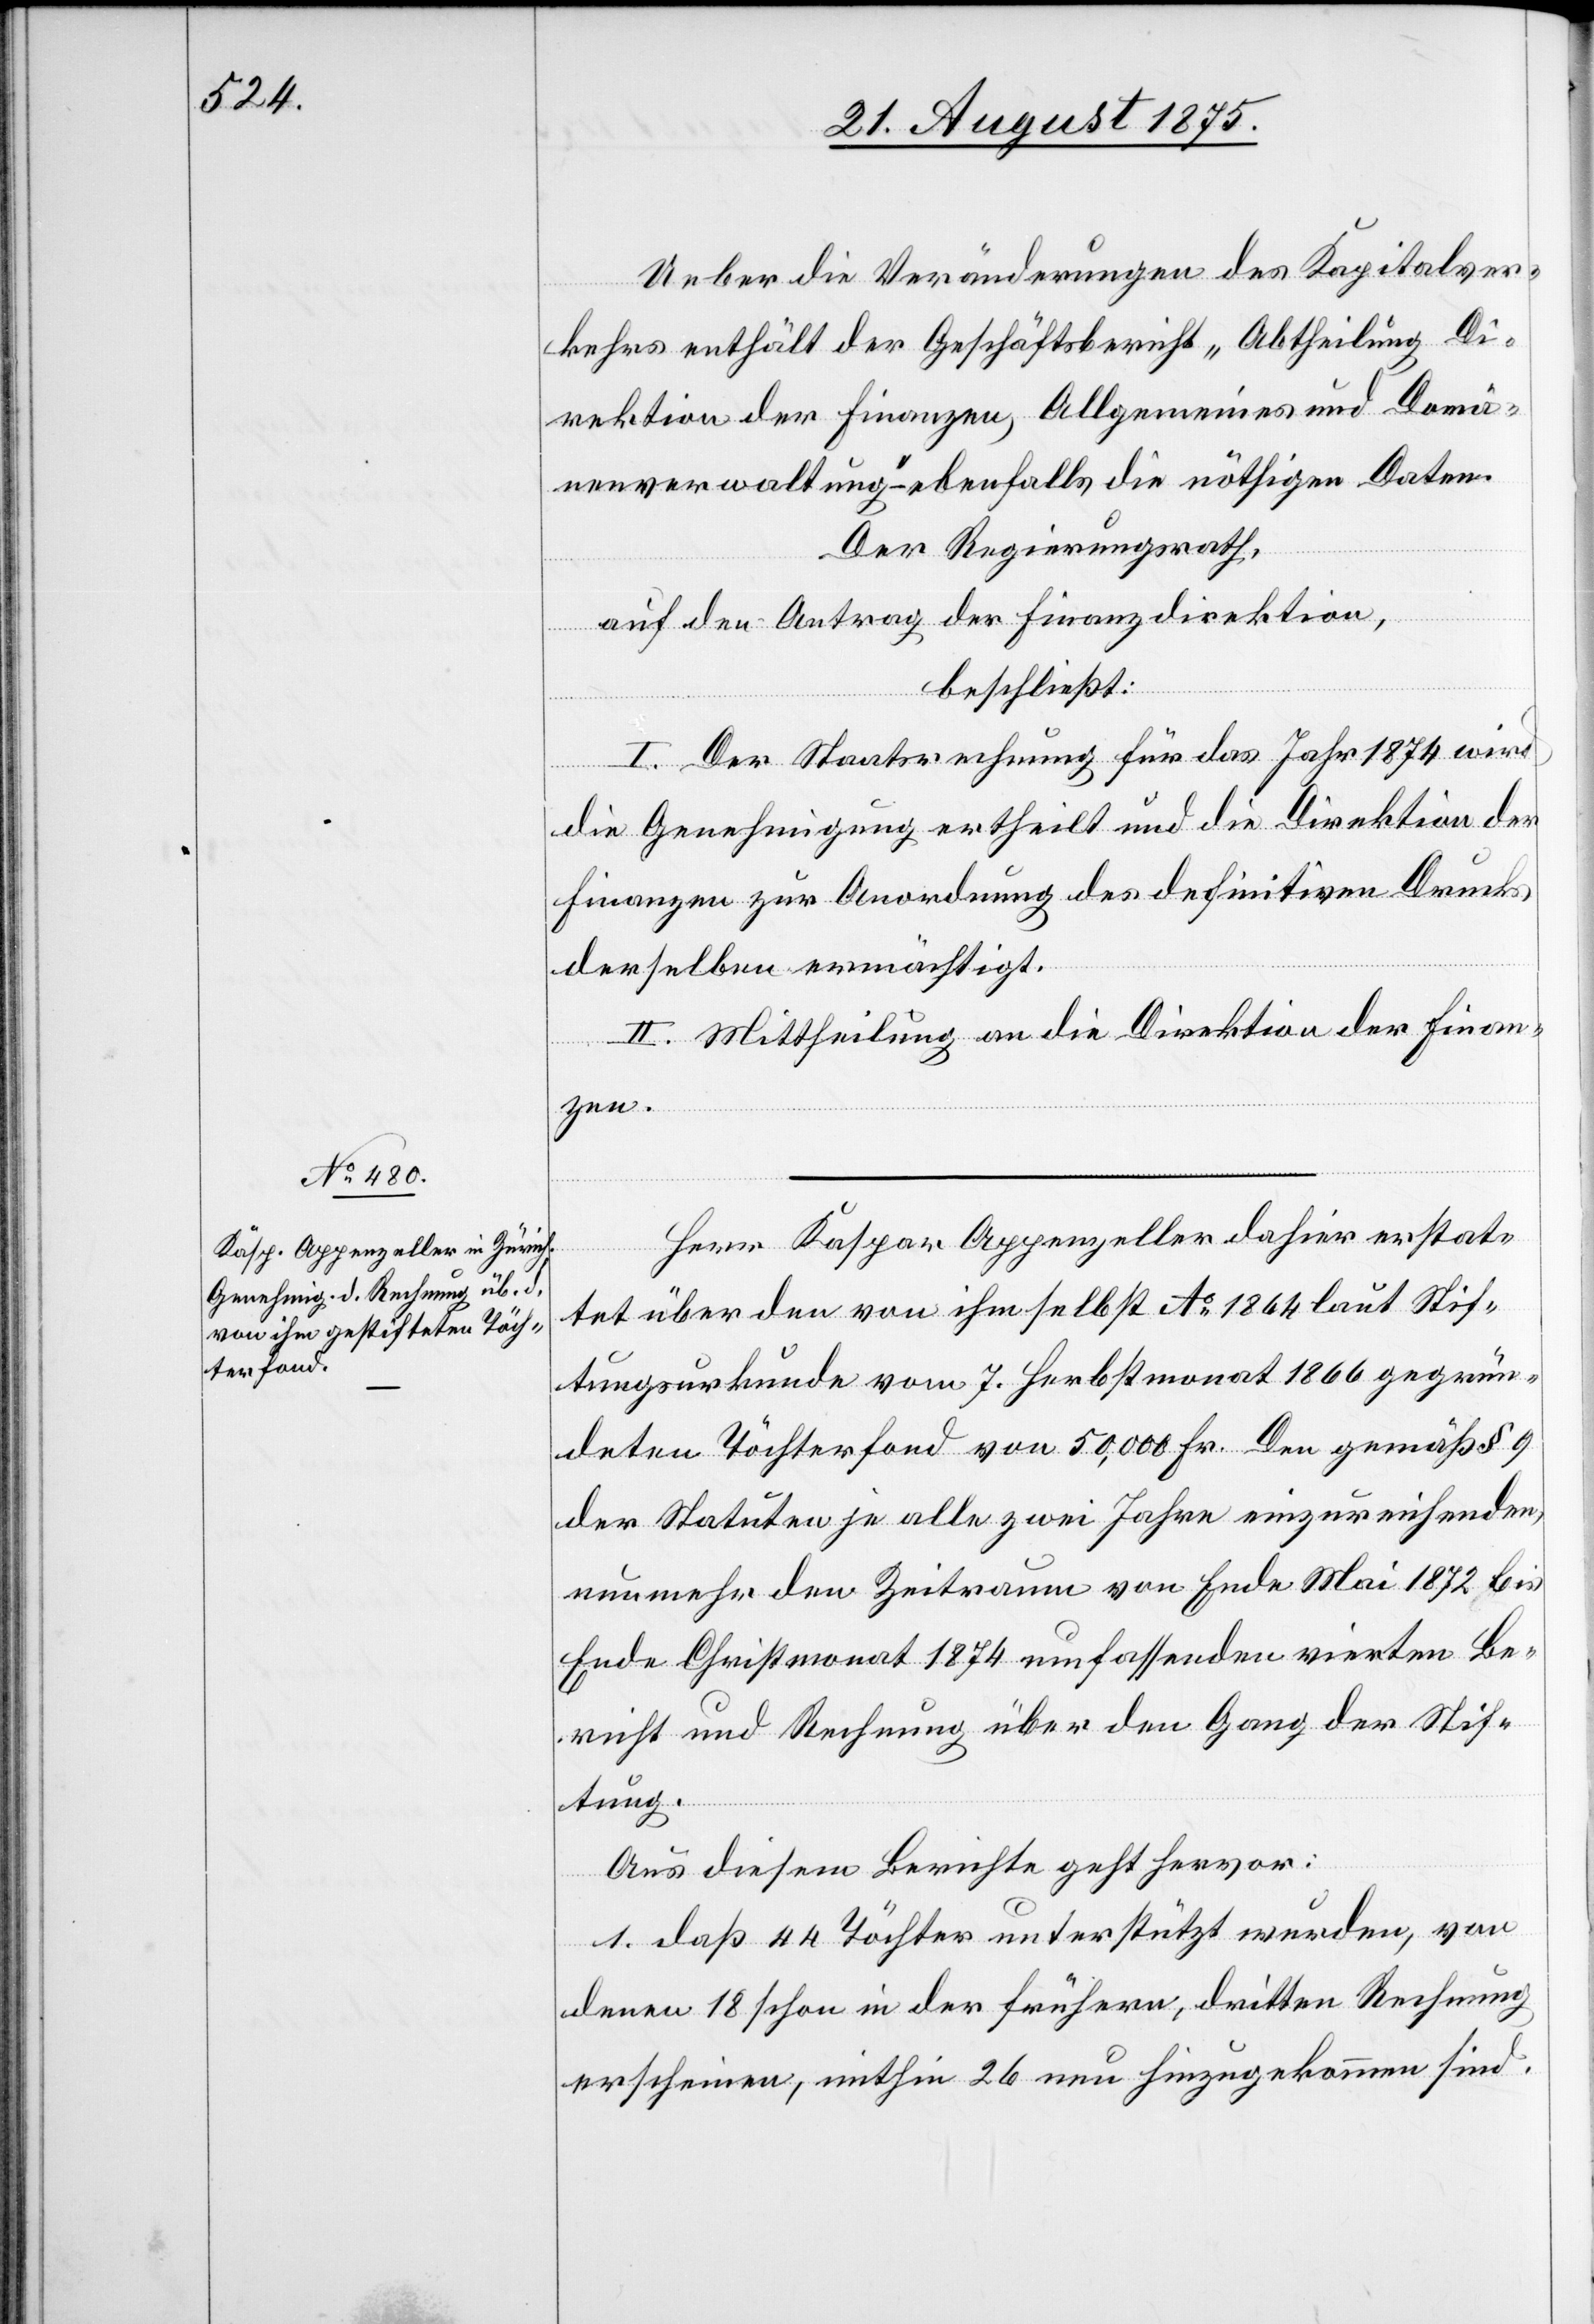
Ueber die Veränderungen des Kapitalver¬
kehrs enthält der Geschäftsbericht „Abtheilung Di¬
rektion der Finanzen, Allgemeines und Domä¬
nenverwaltung“ – ebenfalls die nöthigen Daten.
Der Regierungsrath,
auf den Antrag der Finanzdirektion,
beschließt:
I. Der Staatsrechnung für das Jahr 1874 wird
die Genehmigung ertheilt und die Direktion der
Finanzen zur Anwendung des definitiven Drucks
derselben ermächtigt.
II. Mittheilung an die Direktion der Finan¬
zen.
Herr Kaspar Appenzeller dahier erstat¬
tet über den von ihm selbst Ao 1864 laut Stif¬
tungsurkunde vom 7. Herbstmonat 1866 gegrün¬
deten Töchterfond von 50,000 Fr. Den [sic!]
der Statuten je alle zwei Jahre einzureichenden,
nunmehr den Zeitraum von Ende Mai 1872 bis
Ende Christmonat 1874 umfassenden vierten Be¬
richt und Rechnung über den Gang der Stif¬
tung.
Aus diesem Berichte geht hervor:
1. daß 44 Töchter unterstützt wurden, von
denen 18 schon in der frühern, dritten Rechnung
erscheinen, mithin 26 neu hinzugekommen sind.